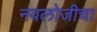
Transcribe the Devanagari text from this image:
नवलोजीचा